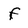
Character: f